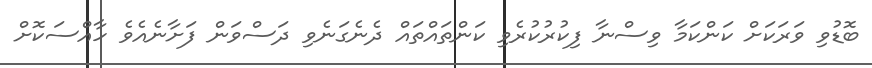
ބޮޑުވި ވަރަކަށް ކަންކަމާ ވިސްނާ ފިކުރުކުރެވި ކަންތައްތައް ދެނެގަނެވި ދަސްވަން ފަށާނެއެވެ ހާއްސަކޮށް